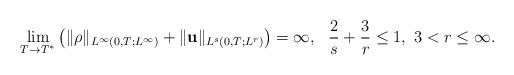
LaTeX: \begin{align*}\lim_{T\rightarrow T^{*}}\left(\|\rho\|_{L^\infty(0,T;L^\infty)}+\|\mathbf{u}\|_{L^s(0,T;L^r)}\right)=\infty,\ \ \frac2s+\frac3r\leq1,\ 3<r\leq\infty.\end{align*}